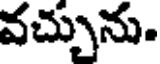
వచ్చును.